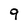
Character: 9